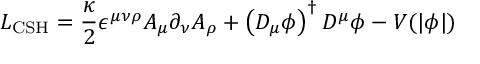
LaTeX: { \cal L } _ { \mathrm { C S H } } = { \frac { \kappa } { 2 } } \epsilon ^ { \mu \nu \rho } A _ { \mu } \partial _ { \nu } A _ { \rho } + \left( D _ { \mu } \phi \right) ^ { \dagger } D ^ { \mu } \phi - V ( | \phi | )